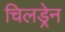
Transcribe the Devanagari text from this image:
चिलड्रेन